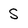
Character: S